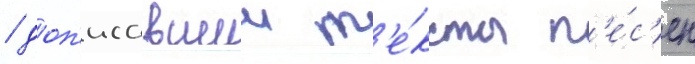
/ доп'исавшии т'е́ксты п'е́с'ен